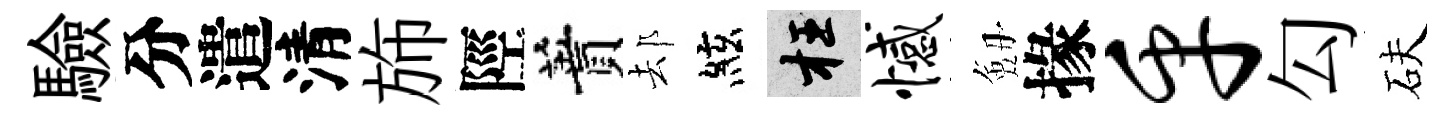
驗分遣清斾陘蕡𨚫絃枉憾劔掾乎勾砆